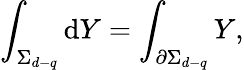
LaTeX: \int_{\Sigma_{d-q}}\mathrm{d}Y=\int_{\partial\Sigma_{d-q}}Y,